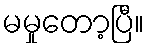
မမှုတော့ပြီ။